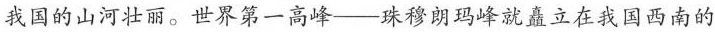
我国的山河壮丽。世界第一高峰——珠穆朗玛峰就矗立在我国西南的